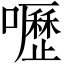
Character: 嚦